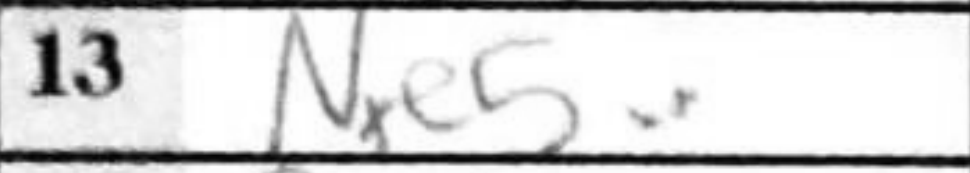
Transcription: Nxe5